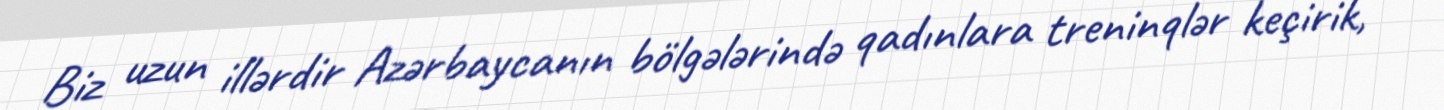
Biz uzun illərdir Azərbaycanın bölgələrində qadınlara treninqlər keçirik,